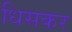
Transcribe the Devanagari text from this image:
धिसकर